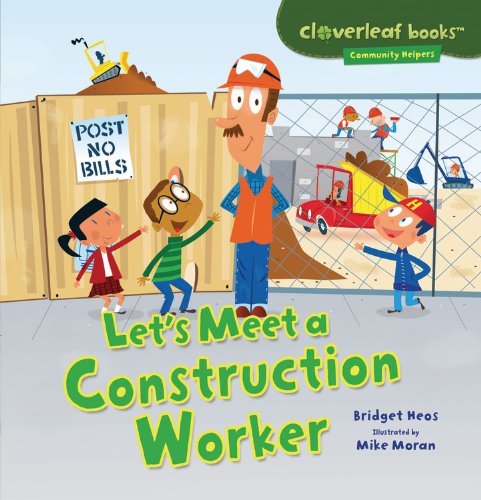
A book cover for Let's Meet a Construction Worker (Cloverleaf Books - Community Helpers); Bridget Heos; Children's Books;